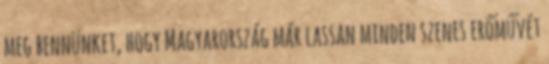
meg bennünket, hogy Magyarország már lassan minden szenes erőművét